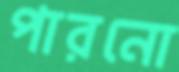
পারনো